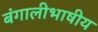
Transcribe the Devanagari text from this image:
बंगालीभाषीय